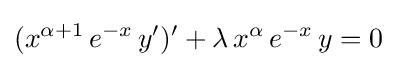
(x^{\alpha +1}\,e^{-x}\,y')'+\lambda \,x^{\alpha }\,e^{-x}\,y=0